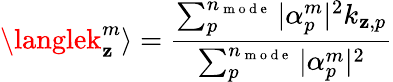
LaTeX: \langlek_{\mathbf{z}}^{m}\rangle=\frac{{\sum_{p}^{n_{\mathrm{{~m~o~d~e~}}}}|\alpha_{p}^{m}|^{2}k_{\mathbf{z},p}}}{{\sum_{p}^{n_{\mathrm{{~m~o~d~e~}}}}|\alpha_{p}^{m}|^{2}}}